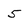
Character: 5